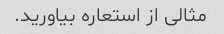
مثالی از استعاره بیاورید.